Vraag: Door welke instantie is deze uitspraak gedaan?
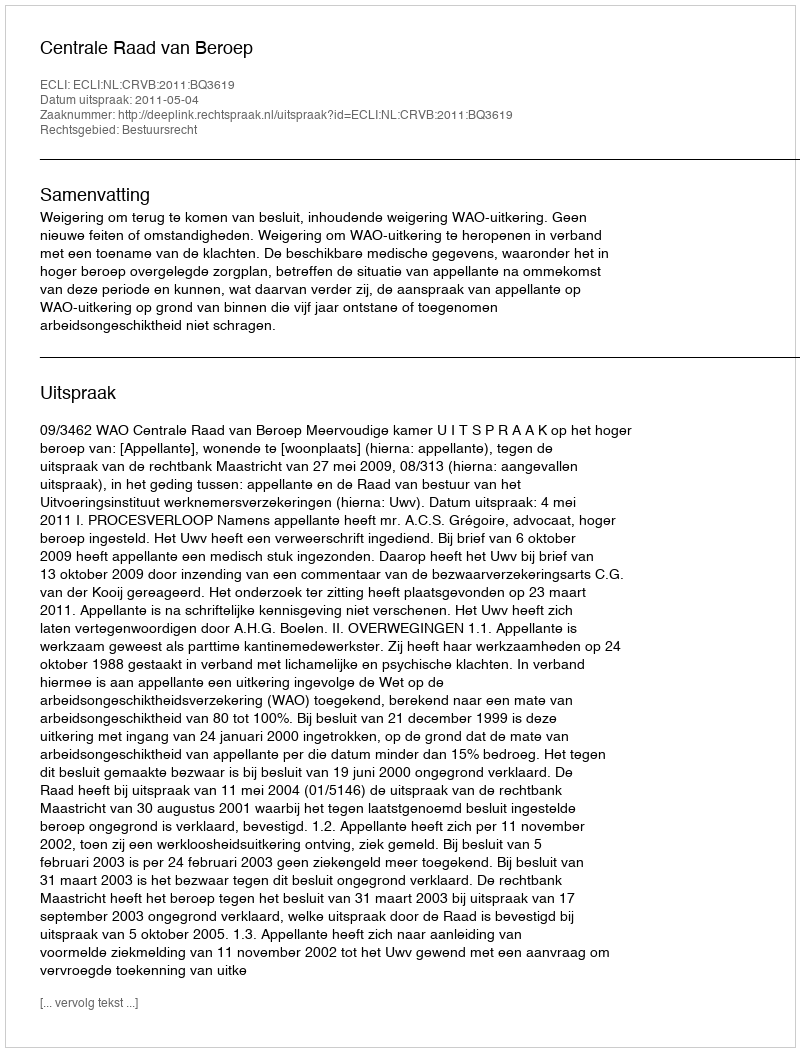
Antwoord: Centrale Raad van Beroep